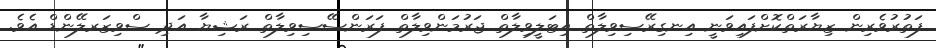
ފަތުރުވެރިން ޒިޔާރަތްކޮށްފައިވަނީ އިނގިރޭސިވިލާތް އިޓަލީވިލާތް ޖަރުމަންވިލާތް ފަރަންސޭސިވިލާތް ރަޝިޔާ އަދި ސްވިޒަރލޭންޑް އެވެ.